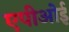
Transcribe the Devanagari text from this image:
एपीओई